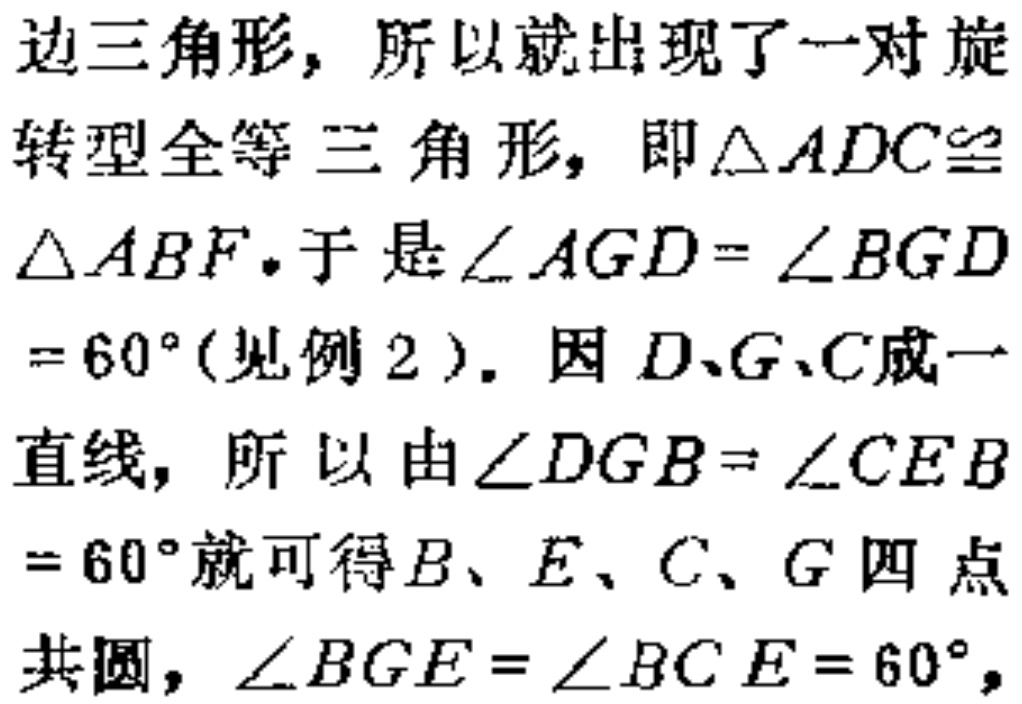
边三角形，所以就出现了一对旋

转型全等三角形，即$\triangle ADC\cong$

$\triangle ABF$。于是$\angle AGD = \angle BGD$

$= 60^{\circ}$(见例 2 )。因$D、G、C$成一

直线，所以由$\angle DGB = \angle CEB$

$= 60^{\circ}$就可得$B、E、C、G$四点

共圆，$\angle BGE = \angle BCE = 60^{\circ}$，